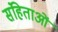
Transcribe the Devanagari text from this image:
संहिताआें